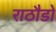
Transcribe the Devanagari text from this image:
राठौडो